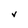
Character: V